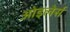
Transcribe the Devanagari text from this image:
ओइलेर्स